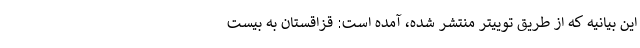
این بیانیه که از طریق توییتر منتشر شده، آمده است: قزاقستان به بیست